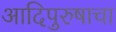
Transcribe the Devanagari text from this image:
आदिपुरुषाचा